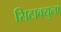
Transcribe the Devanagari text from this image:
सिटाक्युला